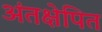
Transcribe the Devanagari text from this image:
अंतक्षेपित